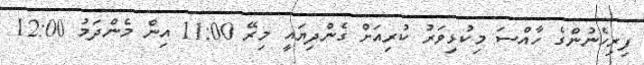
ފިރިހެނުންގެ ހާއްސަ މިކުޅިވަރު ކުރިއަށް ގެންދިޔައީ މިރޭ 11:00 އިން މެންދަމު 12:00